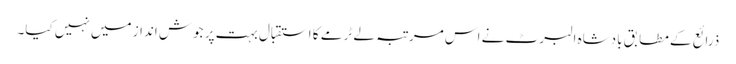
ذرائع کے مطابق بادشاہ البرٹ نے اس مرتبہ لے ٹرمے کا استقبال بہت پر جوش انداز میں نہیں کیا۔